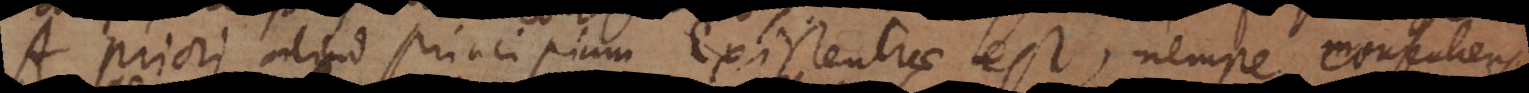
A priori aliud principium Existentiae est, nempe consentiens